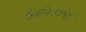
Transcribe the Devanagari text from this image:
ऑलटिट्यूड